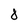
Character: 8